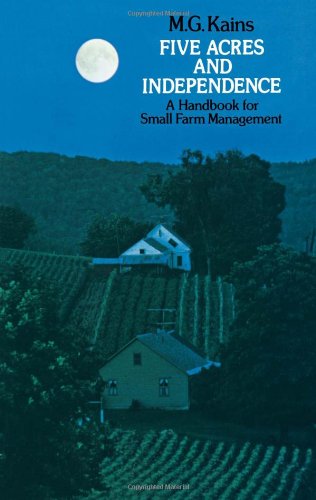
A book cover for Five Acres and Independence: A Handbook for Small Farm Management; Maurice G. Kains; Crafts, Hobbies & Home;